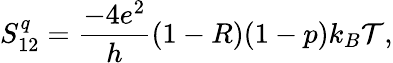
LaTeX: {S_{12}^{q}=\frac{-4e^{2}}{h}(1-R)(1-p)k_{B}\mathcal{T},}